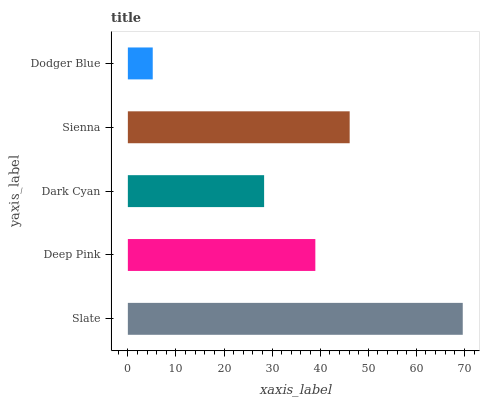
| yaxis_label | bars |
 | --- | --- |
 | Slate | 69.6 |
 | Deep Pink | 39 |
 | Dark Cyan | 28.3 |
 | Sienna | 46.1 |
 | Dodger Blue | 5.17 |